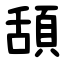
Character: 頢